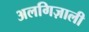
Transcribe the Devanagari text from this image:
अलगिज़ाली